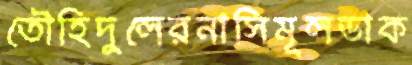
তৌহিদুলেরনাসিমূলডাক